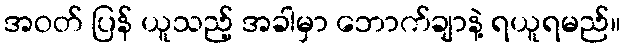
အဝတ် ပြန် ယူသည့် အခါမှာ ဘောက်ချာနဲ့ ရယူရမည်။